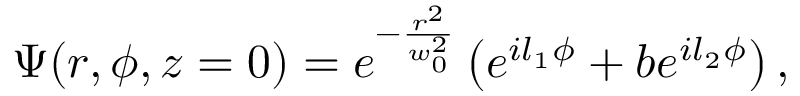
\Psi ( r , \phi , z = 0 ) = e ^ { - \frac { r ^ { 2 } } { w _ { 0 } ^ { 2 } } } \left( e ^ { i l _ { 1 } \phi } + b e ^ { i l _ { 2 } \phi } \right) ,